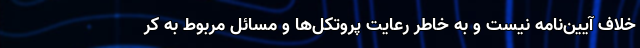
خلاف آیین‌نامه نیست و به خاطر رعایت پروتکل‌ها و مسائل مربوط به کر